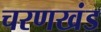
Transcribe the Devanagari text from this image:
चरणखंड